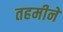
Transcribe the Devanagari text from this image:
तहमीने